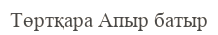
Төртқара Апыр батыр